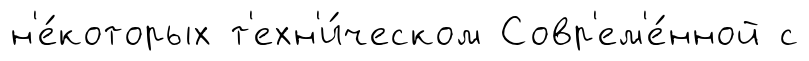
н'е́которых т'ехн'и́ческом Совр'ем'е́нной с